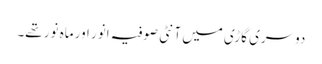
دوسری گاڑی میں آنٹی صوفیہ انور اور ماہ نور تھے۔